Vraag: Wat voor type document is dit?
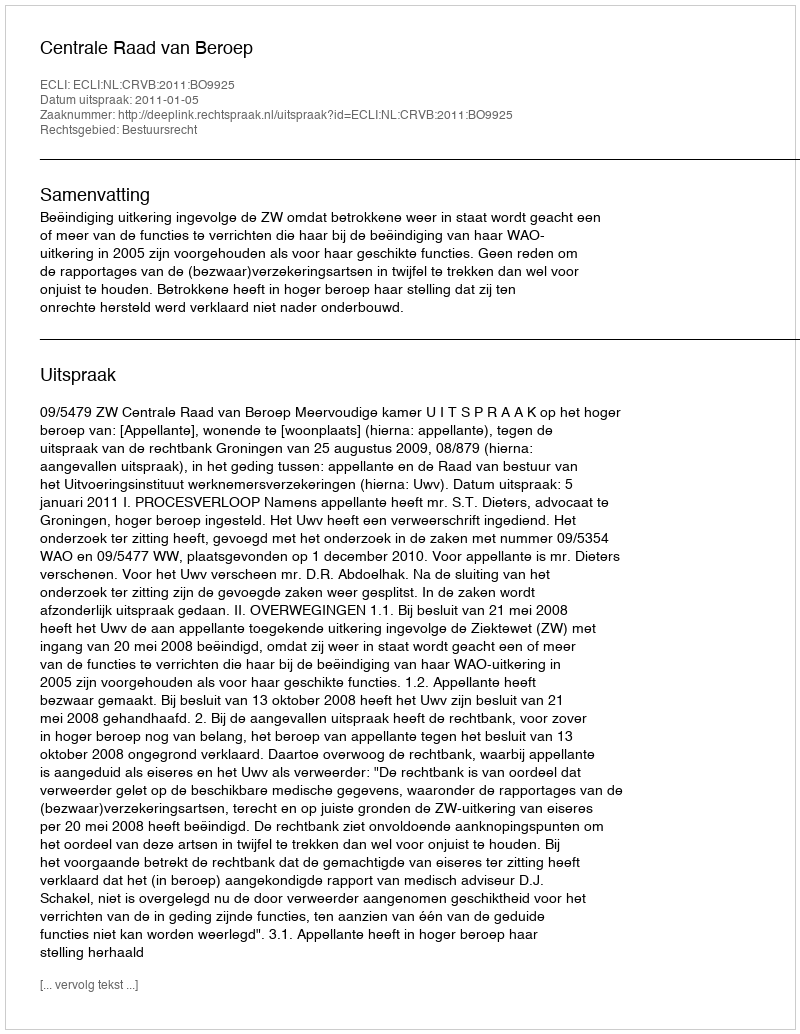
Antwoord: Uitspraak